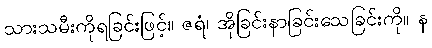
သားသမီးကိုရခြင်းဖြင့်။ ဇရံ၊ အိုခြင်းနာခြင်းသေခြင်းကို။ န